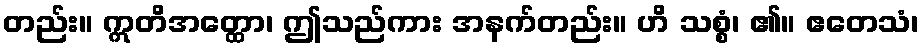
တည်း။ ဣတိအတ္ထော၊ ဤသည်ကား အနက်တည်း။ ဟိ သစ္စံ၊ ၏။ ဧတေသံ၊